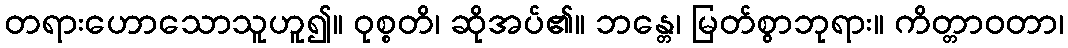
တရားဟောသောသူဟူ၍။ ဝုစ္စတိ၊ ဆိုအပ်၏။ ဘန္တေ၊ မြတ်စွာဘုရား။ ကိတ္တာဝတာ၊